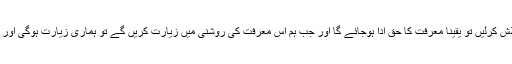
اگر ان سوالوں کے جوابات تلاش کرلیں تو یقینا معرفت کا حق ادا ہوجائے گا اور جب ہم اس معرفت کی روشنی میں زیارت کریں گے تو ہماری زیارت ہوگی اور باعث وجوب جنت بھی ہوگی۔